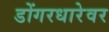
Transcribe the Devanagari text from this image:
डोंगरधारेवर